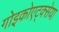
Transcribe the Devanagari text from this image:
गोइकोएट्क्सेया